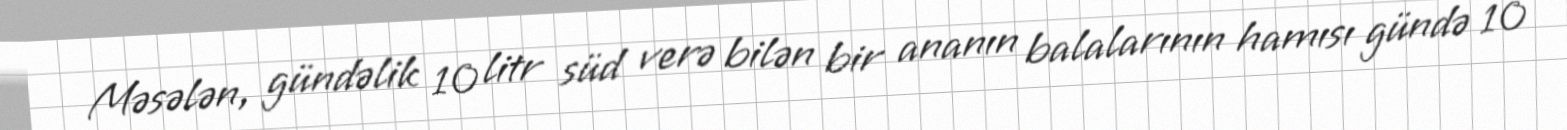
Məsələn, gündəlik 10 litr süd verə bilən bir ananın balalarının hamısı gündə 10